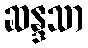
ဆန္ဒသာ